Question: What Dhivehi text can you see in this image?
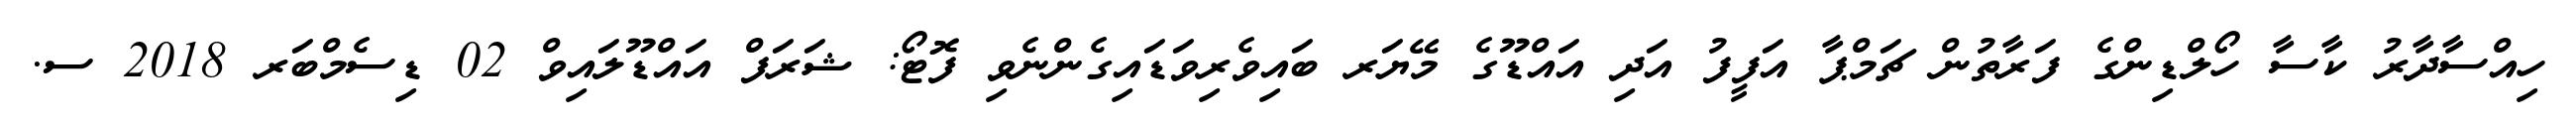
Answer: ހިއްސާދާރު ކާސާ ހޯލްޑިންގެ ފަރާތުން ޗަމްޕާ އަފީފު އަދި އައްޑޫގެ މޭޔަރ ބައިވެރިވަޑައިގެންނެވި ފޮޓޯ: ޝަރަފް އައްޑޫލައިވް 02 ޑިސެމްބަރ 2018 ސ.